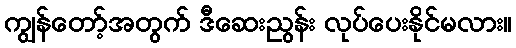
ကျွန်တော့်အတွက် ဒီဆေးညွန်း လုပ်ပေးနိုင်မလား။